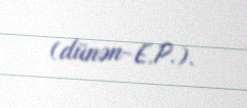
(dünən-E.P.).